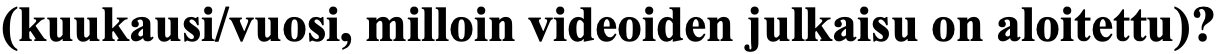
(kuukausi/vuosi, milloin videoiden julkaisu on aloitettu)?